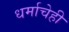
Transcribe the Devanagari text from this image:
धर्माचेही